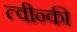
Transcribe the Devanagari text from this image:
त्वीन्की